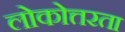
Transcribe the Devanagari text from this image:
लोकोत्तरता